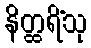
နိတ္ထရိံသု